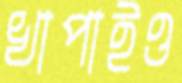
খাপাইও